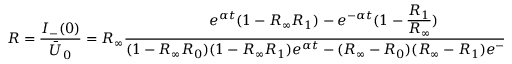
R = \frac { I _ { - } ( 0 ) } { \bar { U } _ { 0 } } = R _ { \infty } \frac { e ^ { \alpha t } ( 1 - R _ { \infty } R _ { 1 } ) - e ^ { - \alpha t } ( 1 - \frac { \displaystyle R _ { 1 } } { \displaystyle R _ { \infty } } ) } { ( 1 - R _ { \infty } R _ { 0 } ) ( 1 - R _ { \infty } R _ { 1 } ) e ^ { \alpha t } - ( R _ { \infty } - R _ { 0 } ) ( R _ { \infty } - R _ { 1 } ) e ^ { - \alpha t } }